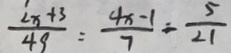
\frac { 2 x + 3 } { 4 9 } = \frac { 4 x - 1 } { 7 } = \frac { 5 } { 2 1 }